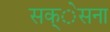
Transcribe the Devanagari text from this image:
सक्ेसना